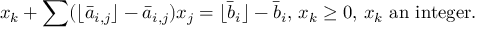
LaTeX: x _ { k } + \sum ( \lfloor { \bar { a } } _ { i , j } \rfloor - { \bar { a } } _ { i , j } ) x _ { j } = \lfloor { \bar { b } } _ { i } \rfloor - { \bar { b } } _ { i } , \, x _ { k } \geq 0 , \, x _ { k } { \mathrm { ~ a n ~ i n t e g e r } } .